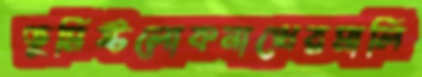
ভূমিষ্টলোকনাথেরমালি